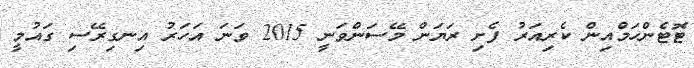
ޓޮޓެންހަމްއިން ކެރިއަރު ފެށި ރަޔަން މޭސަންވަނީ 2015 ވަނަ އަހަރު އިނގިރޭސި ގައުމީ